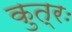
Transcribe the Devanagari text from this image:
कुत्रः